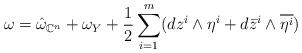
LaTeX: \begin{align*}\omega=\hat{\omega}_{\mathbb{C}^n}+\omega_Y+\frac{1}{2}\sum\limits_{i=1}^m(dz^i\wedge \eta^i+d\bar{z}^i\wedge\overline{\eta^i})\end{align*}